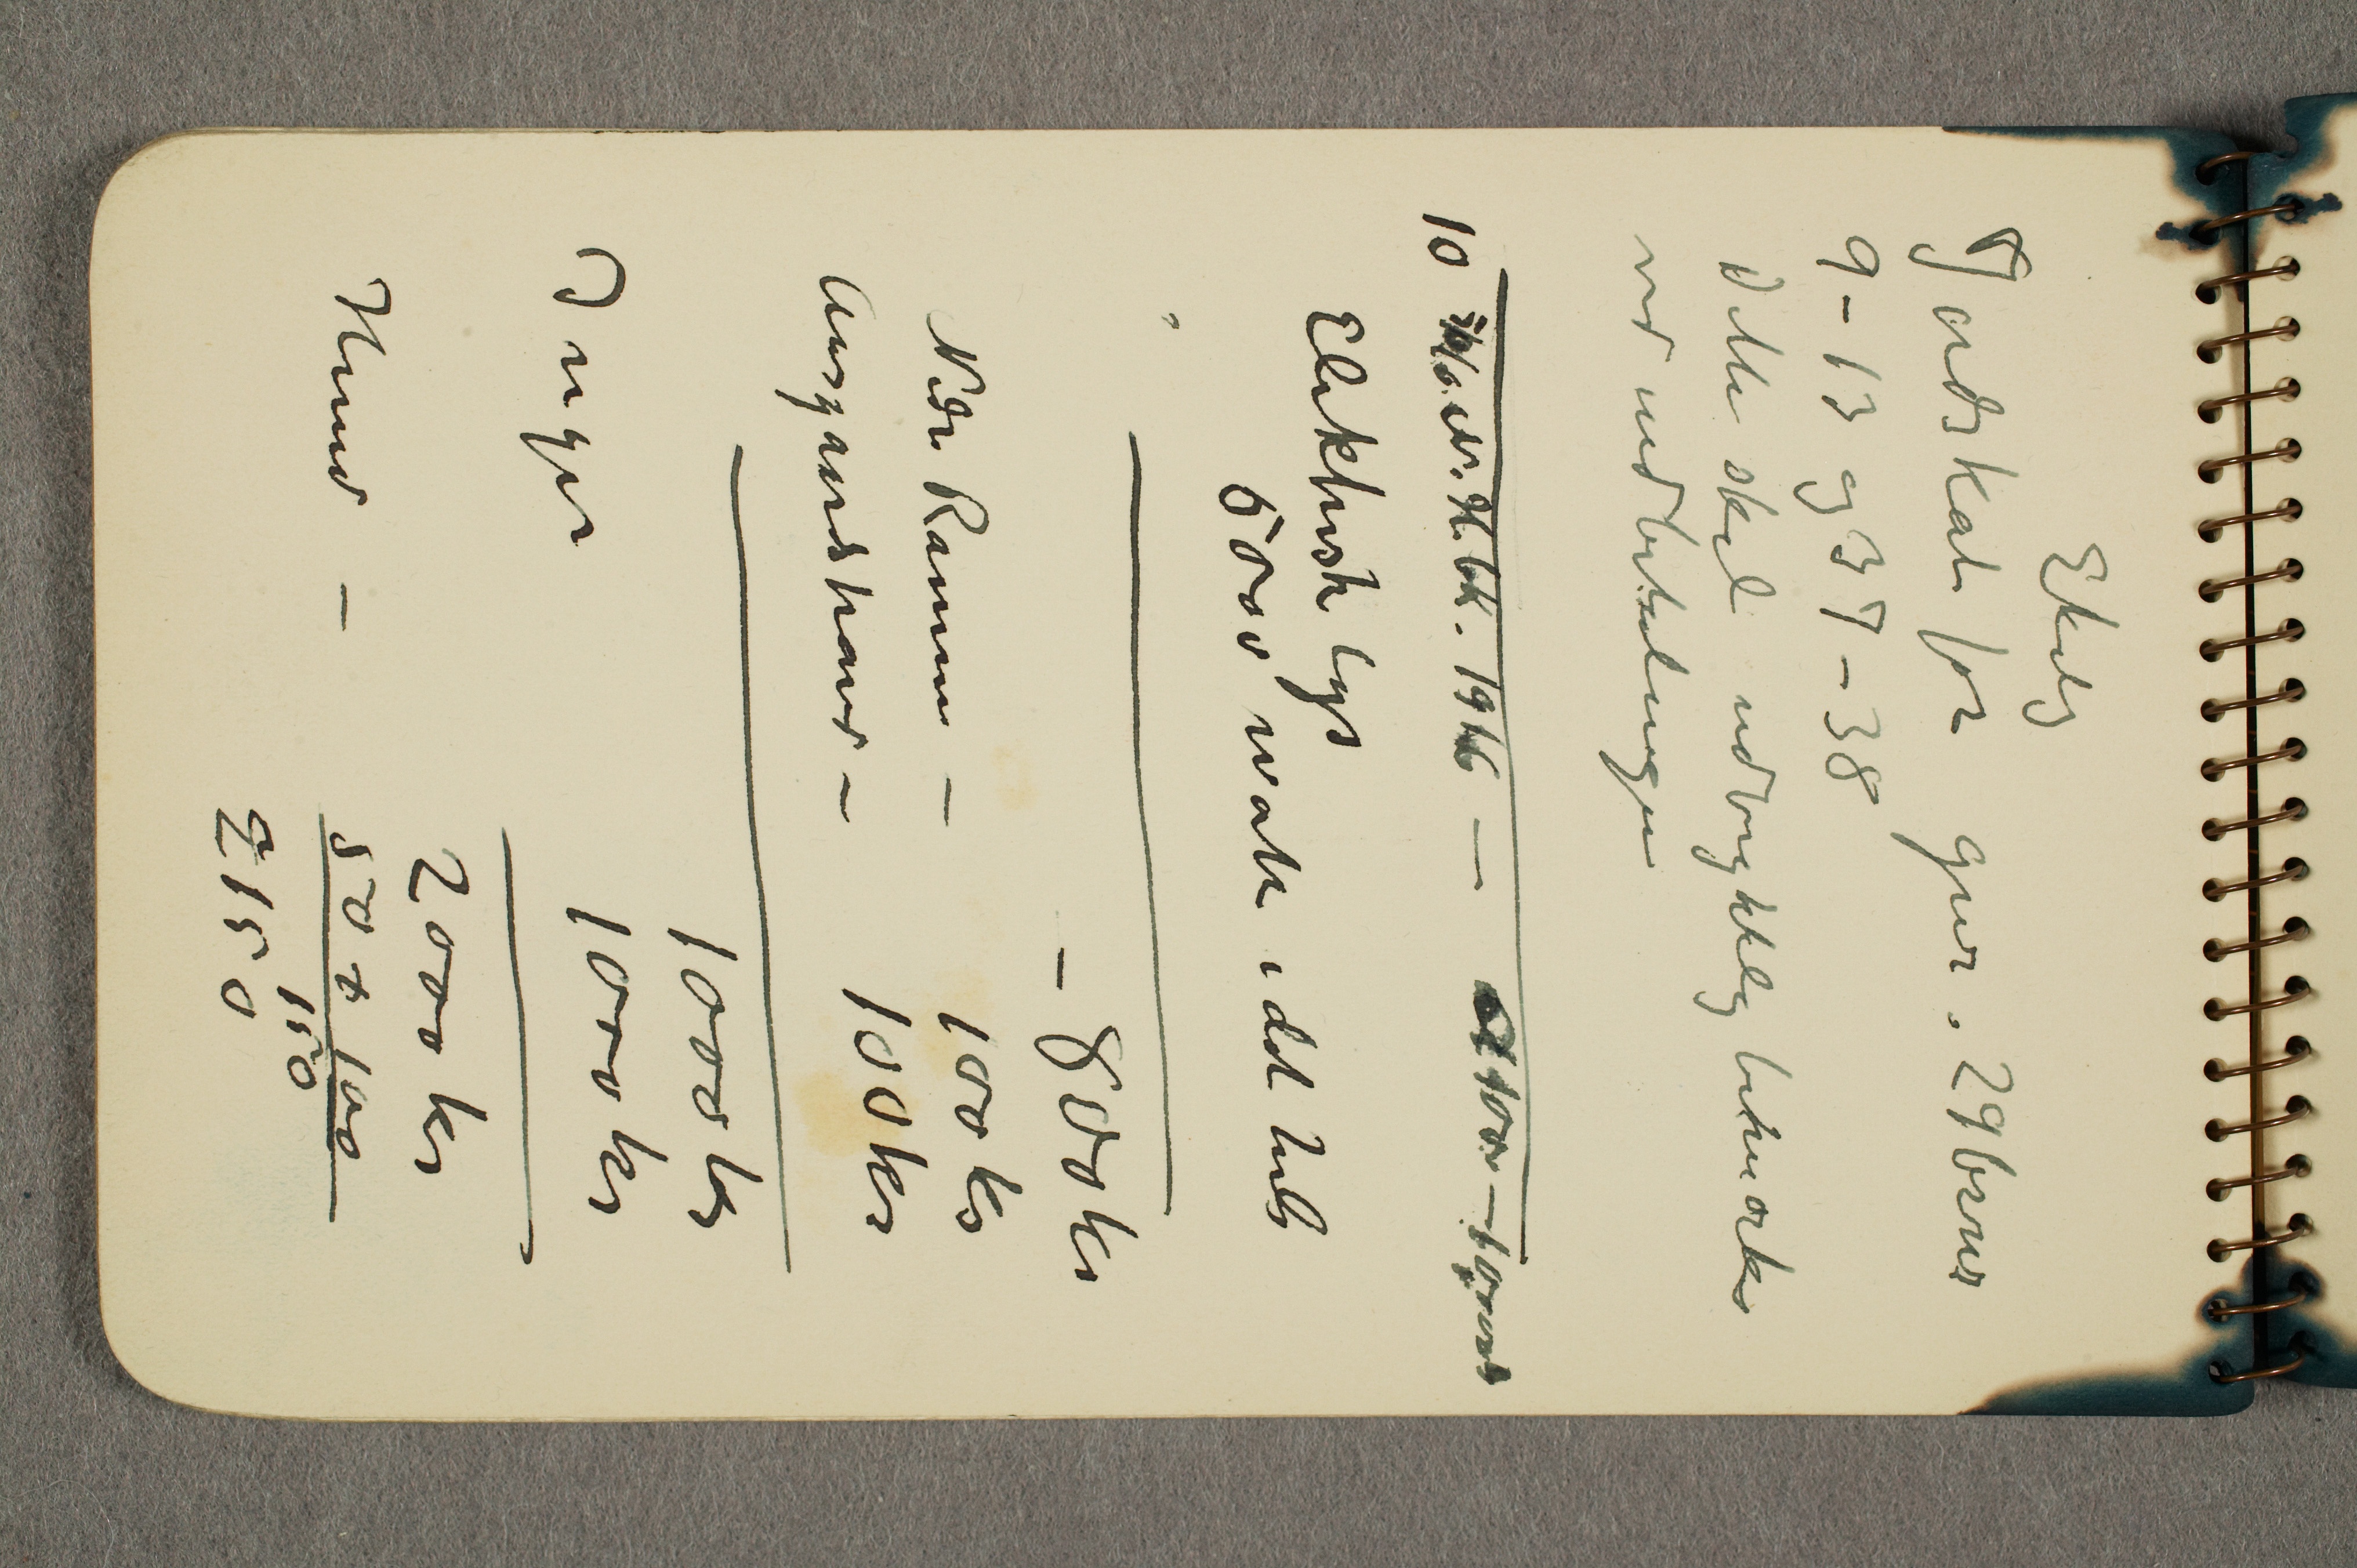
Ekely
Jordskat for gnr. 29 brnr
9-13 og 37-38
Dette skal udtrykkelig bemærkes
ved udbetalingen

10 5/6/6 N.H.bk. 1916 – ... 100 – 10 000
Elektrisk lys
5000 watt i det hele
– 800 kr
Nedre Ramme – 100 kr
Aasgaardstrand – 100 kr
1000 kr
Inger		1000 kr
2000 kr
Hund –  	50 + 100
150
2150